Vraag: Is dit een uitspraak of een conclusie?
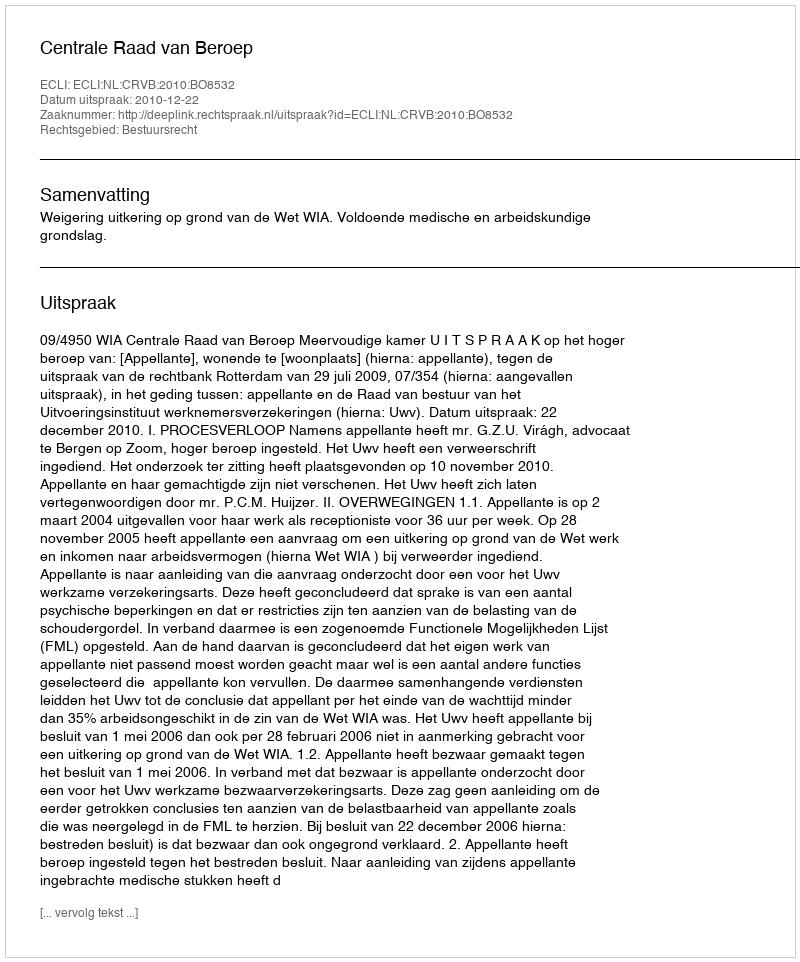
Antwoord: Uitspraak